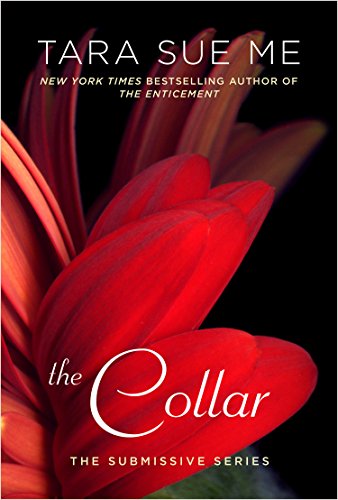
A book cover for The Collar: The Submissive Series; Tara Sue Me; Romance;